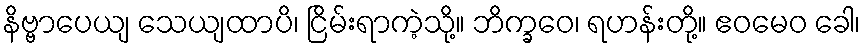
နိဗ္ဗာပေယျ သေယျထာပိ၊ ငြိမ်းရာကဲ့သို့။ ဘိက္ခဝေ၊ ရဟန်းတို့။ ဧဝမေဝ ခေါ၊